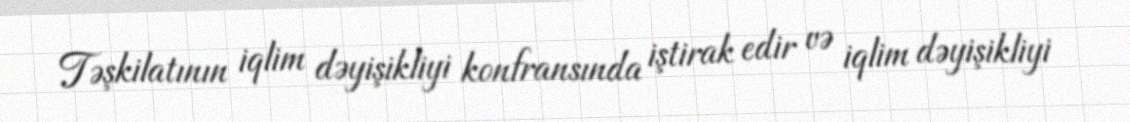
Təşkilatının iqlim dəyişikliyi konfransında iştirak edir və iqlim dəyişikliyi